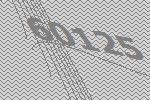
60125